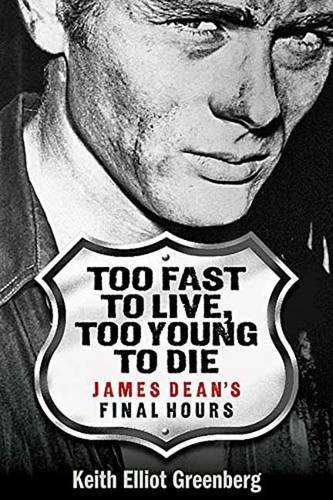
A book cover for Too Fast to Live, Too Young to Die: James Dean's Final Hours; Keith Elliot Greenberg; Biographies & Memoirs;